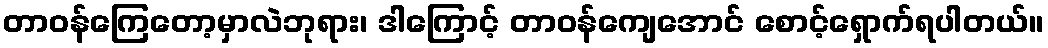
တာဝန်ကြေတော့မှာလဲဘုရား၊ ဒါကြောင့် တာဝန်ကျေအောင် စောင့်ရှောက်ရပါတယ်။